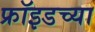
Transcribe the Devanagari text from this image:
फ्रॉइडच्या